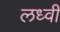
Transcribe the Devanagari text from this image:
लध्वी